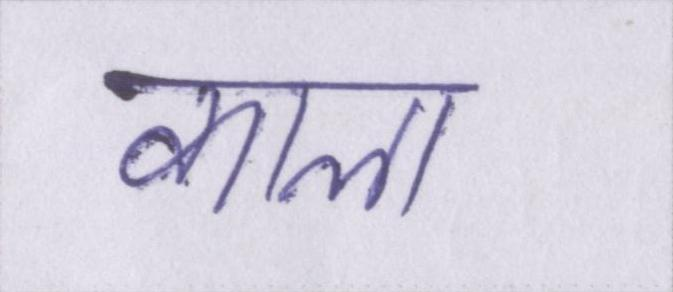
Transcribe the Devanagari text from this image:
काला